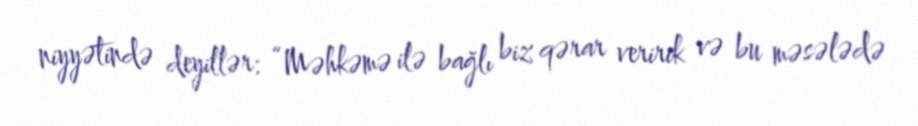
niyyətində deyillər: “Məhkəmə ilə bağlı biz qərar veririk və bu məsələdə